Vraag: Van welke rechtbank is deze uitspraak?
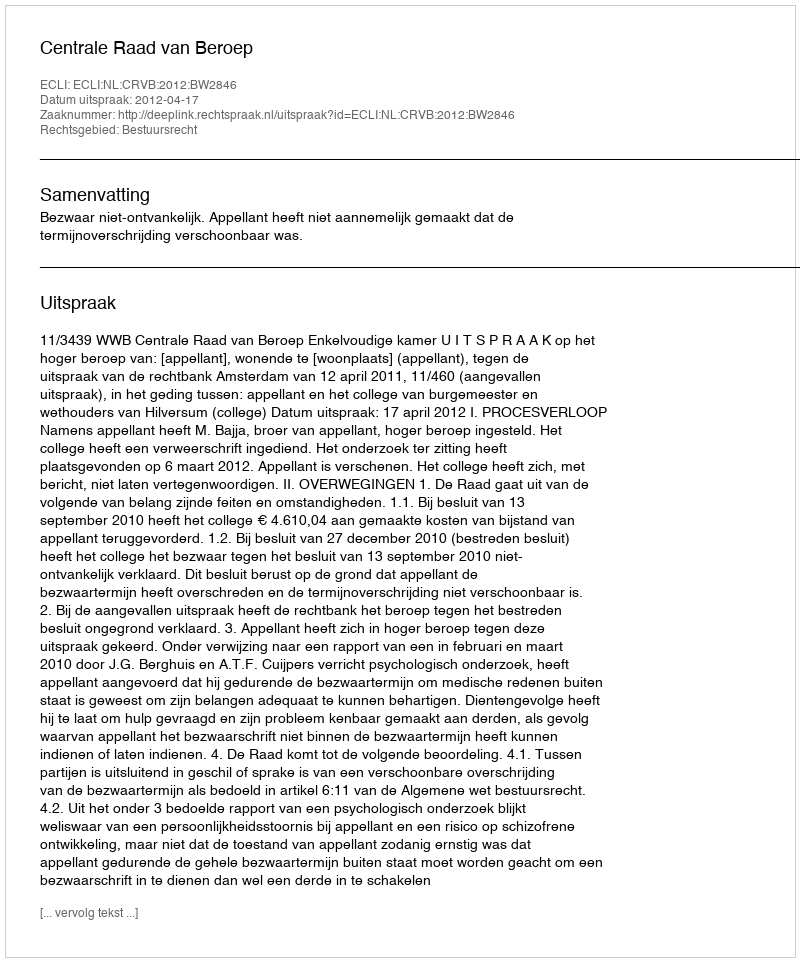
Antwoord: Centrale Raad van Beroep